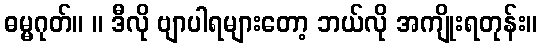
ဓမ္မဂုတ်။ ။ ဒီလို ဗျာပါရများတော့ ဘယ်လို အကျိုးရတုန်း။